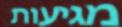
מגיעות